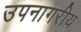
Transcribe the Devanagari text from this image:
उपनागरीय